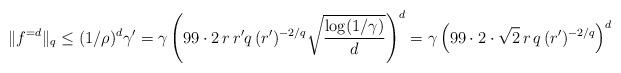
LaTeX: \begin{align*} \|f^{=d}\|_q \leq (1/\rho)^d \gamma' = \gamma \left( 99\cdot2 \, r \, r' q \, (r')^{-2/q} \sqrt{\frac{\log(1 / \gamma)}{d}} \right)^d = \gamma \left( 99\cdot2\cdot\sqrt{2} \, r \, q \, (r')^{-2/q} \right)^d \end{align*}